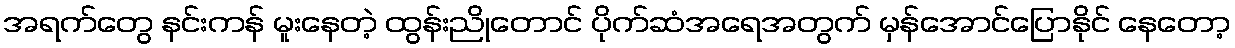
အရက်တွေ နင်းကန် မူးနေတဲ့ ထွန်းညိုတောင် ပိုက်ဆံအရေအတွက် မှန်အောင်ပြောနိုင် နေတော့